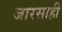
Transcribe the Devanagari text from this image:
जारसाही